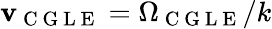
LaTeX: \mathbf{v}_{\mathrm{{~C~G~L~E~}}}=\Omega_{\mathrm{{~C~G~L~E~}}}/k